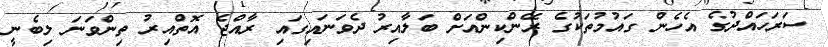
ސަރަހައްދުގެ އެހެން ގައުމުތަކުގެ ރޭންކިންއަށް ބަލާއިރު ދެވަނައިގައި ރާއްޖެ އޮތްއިރު ތިންވަނަ ލިބެނީ